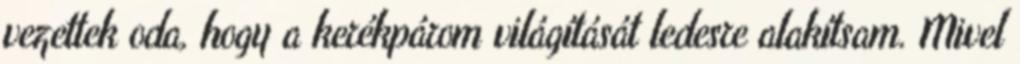
vezettek oda, hogy a kerékpárom világítását ledesre alakítsam. Mivel